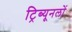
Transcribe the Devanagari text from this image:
ट्रिब्यूनलों